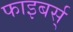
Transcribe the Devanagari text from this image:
फाइबर्स्